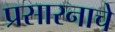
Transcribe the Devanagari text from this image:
प्रसारनाचे